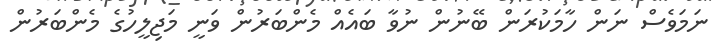
ނަމަވެސް ނަން ހާމަކުރަން ބޭނުން ނުވާ ބައެއް މެންބަރުން ވަނީ މަޖިލީހުގެ މެންބަރުން